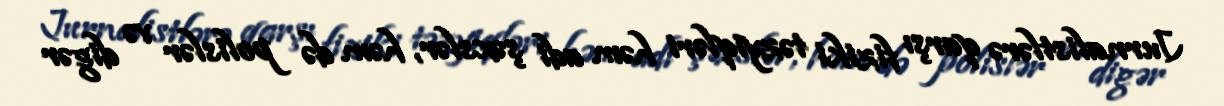
Jurnalistlərə qarşı fiziki təzyiqləri həm adi şəxslər, həm də polislər və digər